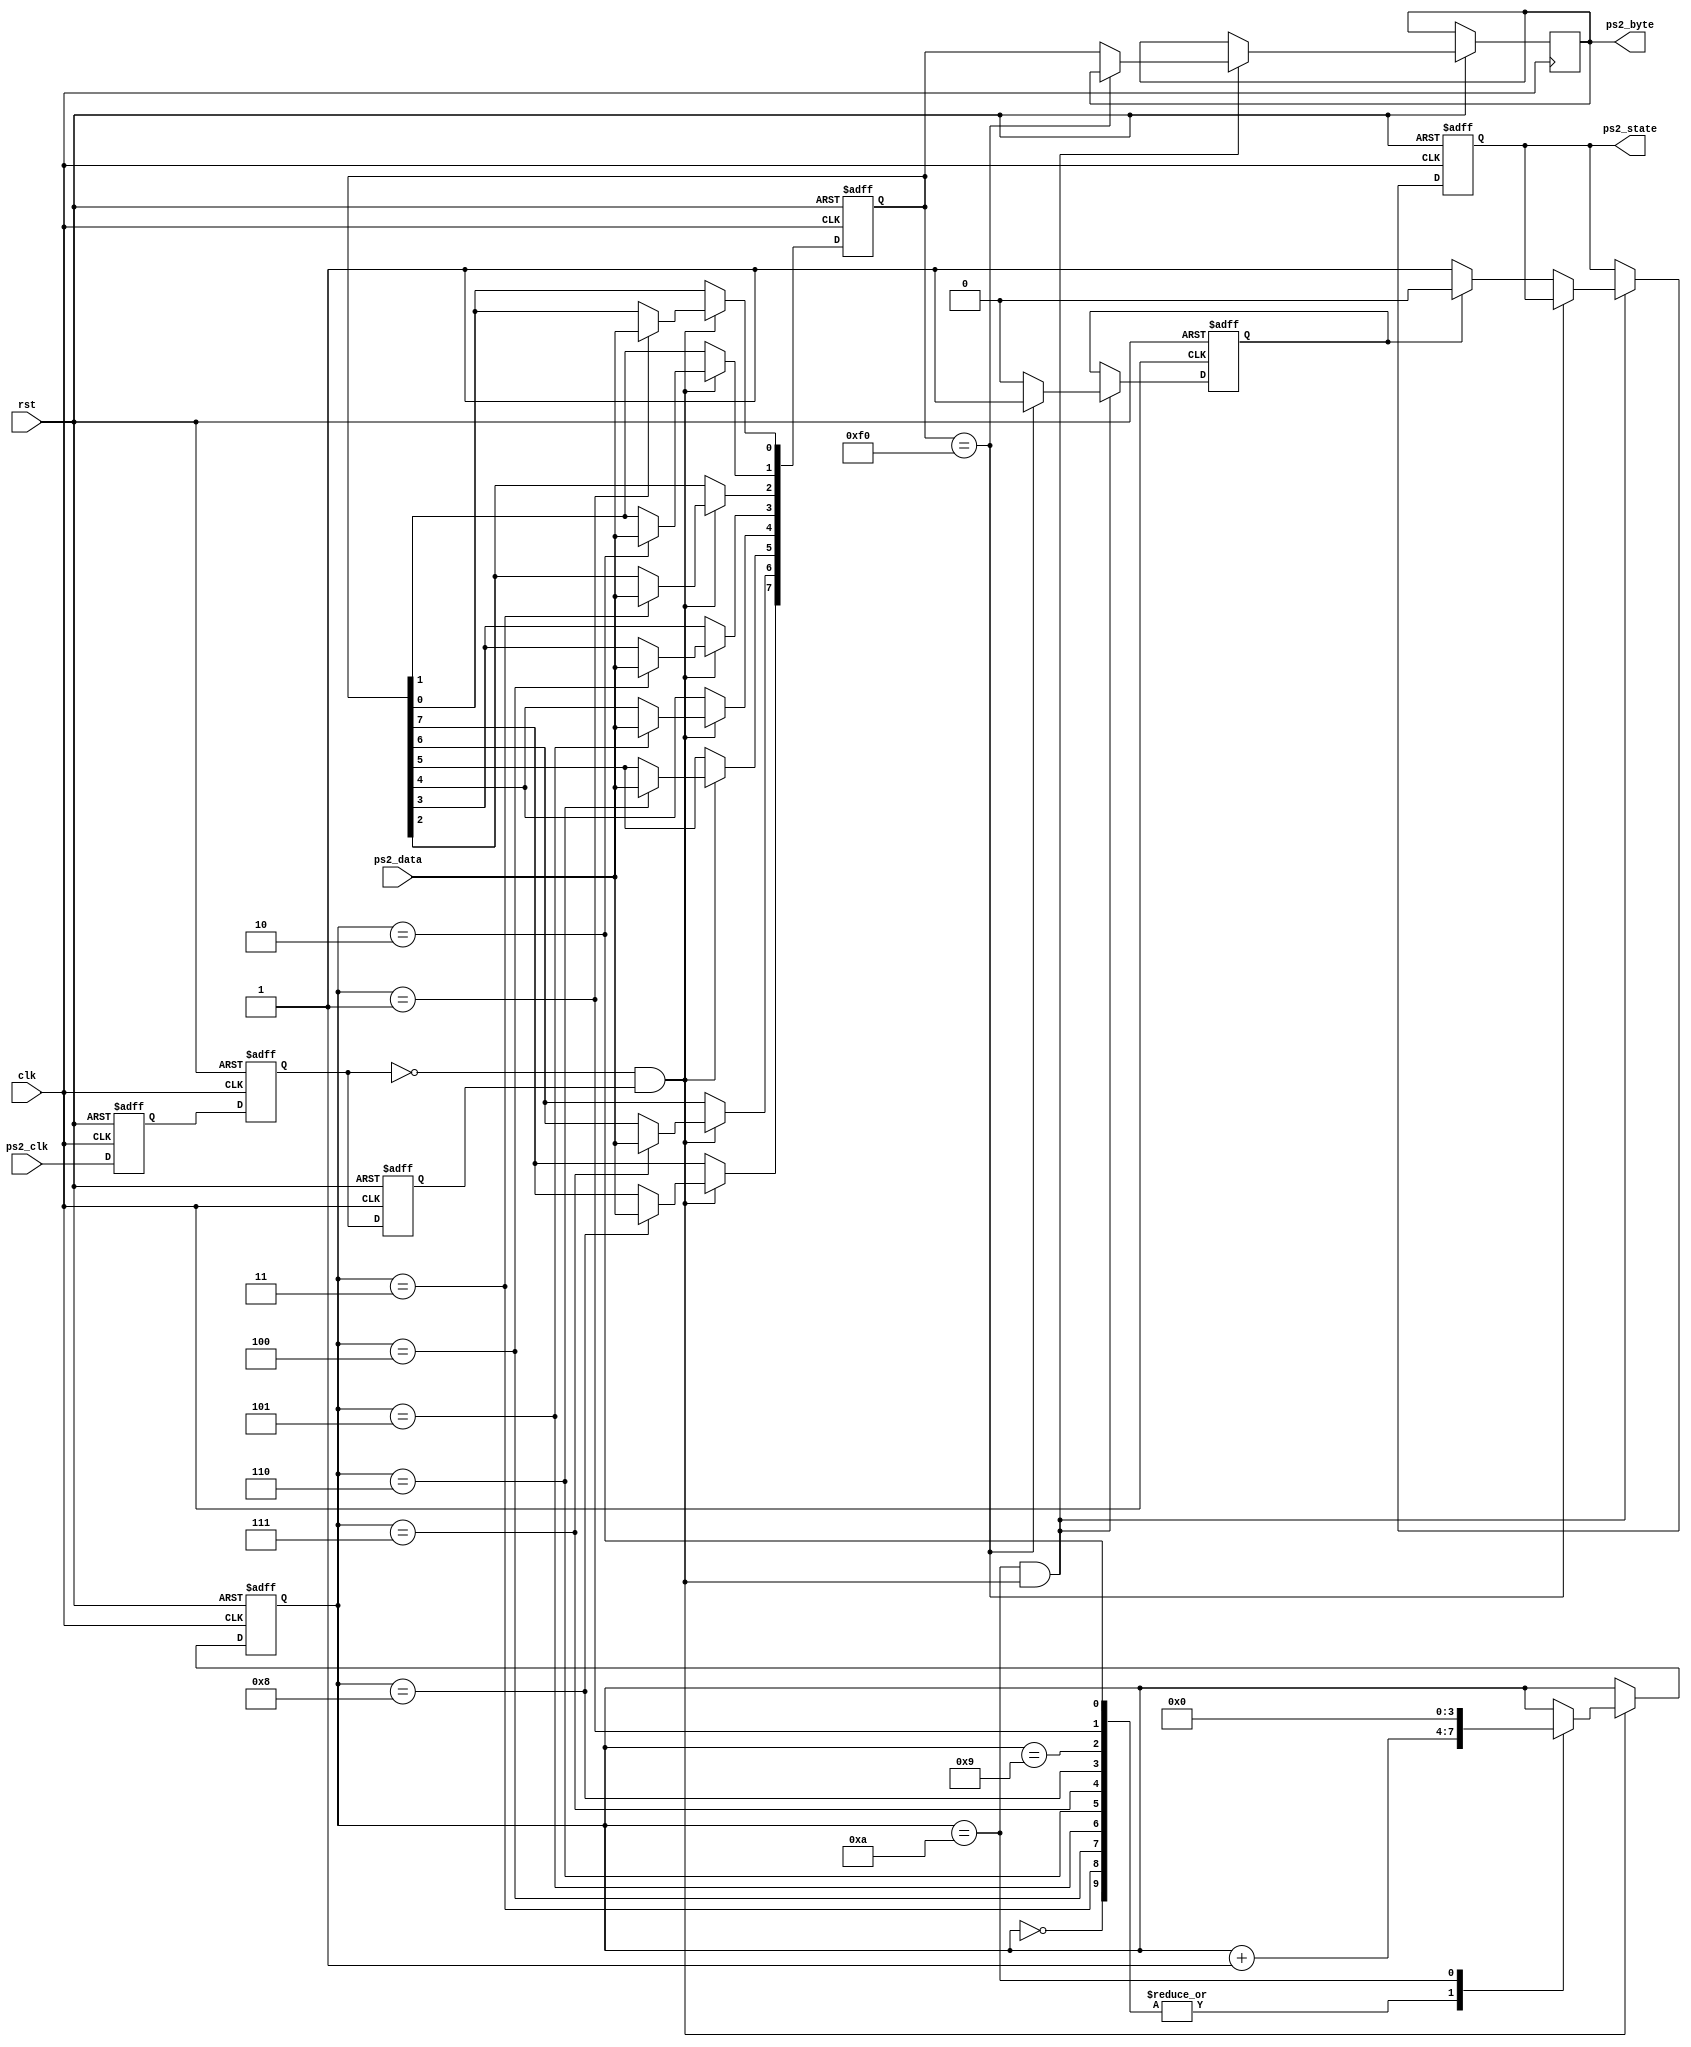
`timescale 1ns / 1ps
//////////////////////////////////////////////////////////////////////////////////
// Company: 
// Engineer: 
// 
// Design Name: 
// Module Name:    PS2Driver 
// Project Name: 
// Target Devices: 
// Tool versions: 
// Description: 
//
// Dependencies: 
//
// Revision: 
// Revision 0.01 - File Created
// Additional Comments: 
//
//////////////////////////////////////////////////////////////////////////////////
module PS2Driver(

    input wire clk, 
    input wire rst,
    input wire ps2_clk, 
    input wire ps2_data,
    output reg [7:0] ps2_byte,
    output reg ps2_state // 1: press; 2: release
    );
    
    reg ps2_clk_r[0:2];
    wire neg_ps2_clk = ~ps2_clk_r[1] & ps2_clk_r[2];
    
	// Detects the negative edge of ps2_clk by sampling
    always @ (posedge clk, negedge rst) begin
        if (!rst) begin
            ps2_clk_r[0] <= 1'b0;
            ps2_clk_r[1] <= 1'b0;
            ps2_clk_r[2] <= 1'b0;
        end
        else begin
            ps2_clk_r[0] <= ps2_clk;
            ps2_clk_r[1] <= ps2_clk_r[0];
            ps2_clk_r[2] <= ps2_clk_r[1];
        end
    end
    
    reg [7:0] ps2_temp;
    reg [3:0] counter;
    
    always @ (posedge clk, negedge rst) begin 
        if (!rst) begin
            counter <= 4'h0;
            ps2_temp <= 8'h00;
        end
        else if (neg_ps2_clk) begin
            case (counter) 
                4'h0: begin
                    counter <= counter + 4'h1;
                end
                4'h1: begin
                    counter <= counter + 4'h1;
                    ps2_temp[0] <= ps2_data;
                end
                4'h2: begin
                    counter <= counter + 4'h1;
                    ps2_temp[1] <= ps2_data;
                end
                4'h3: begin
                    counter <= counter + 4'h1;
                    ps2_temp[2] <= ps2_data;
                end
                4'h4: begin
                    counter <= counter + 4'h1;
                    ps2_temp[3] <= ps2_data;
                end
                4'h5: begin
                    counter <= counter + 4'h1;
                    ps2_temp[4] <= ps2_data;
                end
                4'h6: begin
                    counter <= counter + 4'h1;
                    ps2_temp[5] <= ps2_data;
                end
                4'h7: begin
                    counter <= counter + 4'h1;
                    ps2_temp[6] <= ps2_data;
                end
                4'h8: begin
                    counter <= counter + 4'h1;
                    ps2_temp[7] <= ps2_data;
                end
                4'h9: begin
                    counter <= counter + 4'h1;
                end
                4'hA: begin
                    counter <= 4'h0;
                end
            endcase
        end
    end
    
    reg key_f0;
    
    always @ (posedge clk, negedge rst) begin
        if (!rst) begin
            key_f0 <= 1'b0;
            ps2_state <= 1'b0;
        end
        else if (counter == 4'hA && neg_ps2_clk) begin
            if (ps2_temp == 8'hF0)
                key_f0 <= 1'b1;
            else begin
                if (!key_f0) begin
                    ps2_state <= 1'b1;
                    ps2_byte <= ps2_temp;
                end
                else begin
                    ps2_state <= 1'b0;
                    ps2_byte <= ps2_temp;
                    key_f0 <= 1'b0;
                end
            end
        end
    end
    

endmodule